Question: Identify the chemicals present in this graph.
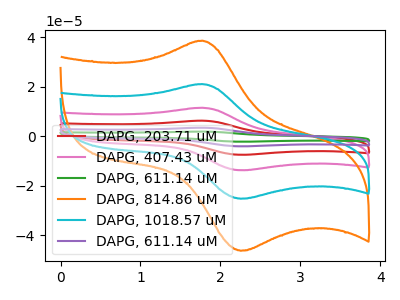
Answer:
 <answer>The red curve is labeled "DAPG, 203.71 uM". The pink curve is labeled "DAPG, 407.43 uM". The green curve is labeled "DAPG, 611.14 uM". The orange curve is labeled "DAPG, 814.86 uM". The cyan curve is labeled "DAPG, 1018.57 uM". The purple curve is labeled "DAPG, 611.14 uM".</answer>
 <eval></eval>